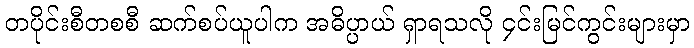
တပိုင်းစီတစစီ ဆက်စပ်ယူပါက အဓိပ္ပာယ် ရှာရသလို ၄င်းမြင်ကွင်းများမှာ